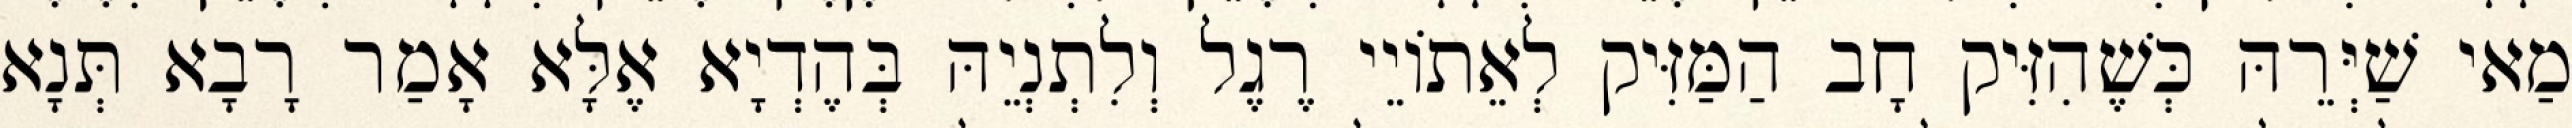
מַאי שַׁיְּרֵהּ כְּשֶׁהִזִּיק חָב הַמַּזִּיק לְאֵתוֹיֵי רֶגֶל וְלִתְנְיֵהּ בְּהֶדְיָא אֶלָּא אָמַר רָבָא תְּנָא